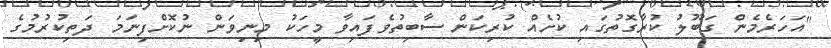
"އަހަރެމެން ގަބޫލު ކުރާގޮތުގައި ކުށެއް ކުރިކަން ސާބިތުވެފައިވާ މީހަކު މިނިވަން ނުކޮށްފިނަމަ ދަތިކުރުމުގެ